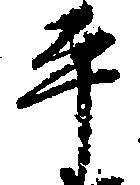
平